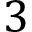
3